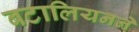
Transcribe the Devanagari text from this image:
बटालियनने